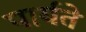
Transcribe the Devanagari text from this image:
पार्यते